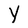
Character: Y